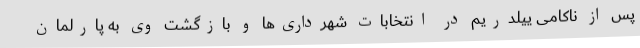
پس از ناکامی ییلدریم در انتخابات شهرداری‌ها و بازگشت وی به پارلمان